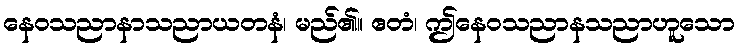
နေဝသညာနာသညာယတနံ၊ မည်၏။ ဧတံ၊ ဤနေဝသညာနသညာဟူသော